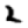
Digit: 2